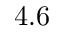
4 . 6